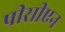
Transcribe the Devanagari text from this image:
पीसीएन